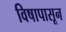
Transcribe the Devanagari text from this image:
विषापासून